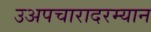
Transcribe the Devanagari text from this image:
उअपचारादरम्यान